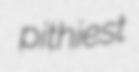
pithiest